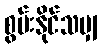
စွမ်းနိုင်သမျှ